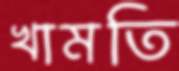
খামতি